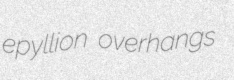
epyllion overhangs